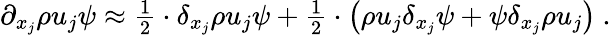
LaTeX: \begin{array}{r}{\partial_{x_{j}}\rho u_{j}\psi\approx\frac{1}{2}\cdot\delta_{x_{j}}\rho u_{j}\psi+\frac{1}{2}\cdot\left(\rho u_{j}\delta_{x_{j}}\psi+\psi\delta_{x_{j}}\rho u_{j}\right)\ .}\end{array}